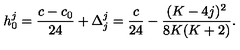
h _ { 0 } ^ { j } = { \frac { c - c _ { 0 } } { 2 4 } } + \Delta _ { j } ^ { j } = { \frac { c } { 2 4 } } - { \frac { ( K - 4 j ) ^ { 2 } } { 8 K ( K + 2 ) } } { } .